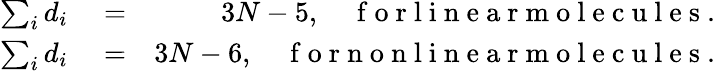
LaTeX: \begin{array}{rlr}{\sum_{i}d_{i}}&{{}=}&{3N-5,\quad\mathrm{~f~o~r~l~i~n~e~a~r~m~o~l~e~c~u~l~e~s~}.}\\ {\sum_{i}d_{i}}&{{}=}&{3N-6,\quad\mathrm{~f~o~r~n~o~n~l~i~n~e~a~r~m~o~l~e~c~u~l~e~s~}.}\end{array}